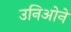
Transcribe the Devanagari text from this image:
उनिओने